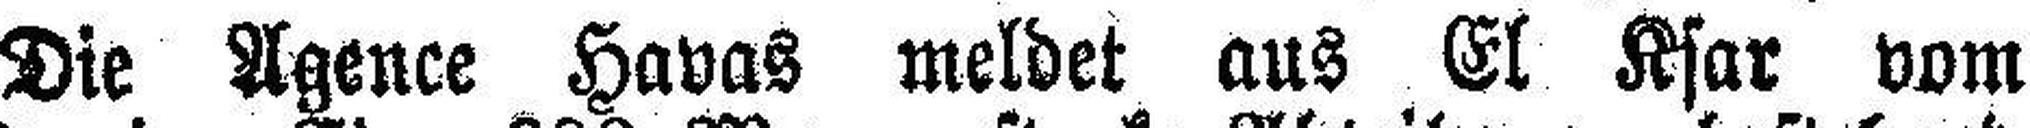
Die Agence Havas meldet aus El Ksar vom